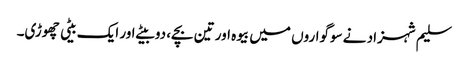
سلیم شہزاد نے سوگواروں میں بیوہ اور تین بچے، دو بیٹے اور ایک بیٹی چھوڑی۔